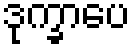
ဒုက္ခာပေ